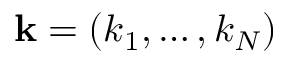
\mathbf k = ( k _ { 1 } , \dots , k _ { N } )